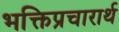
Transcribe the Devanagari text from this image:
भक्तिप्रचारार्थ